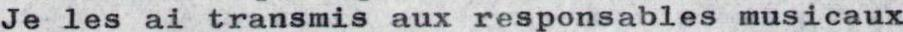
Je les ai transmis aux responsables musicaux